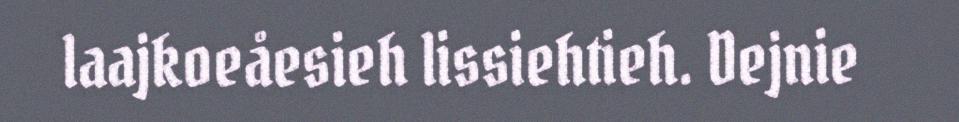
laajkoeåesieh lissiehtieh. Dejnie